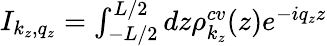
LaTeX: \begin{array}{r}{I_{k_{z},q_{z}}=\int_{-L/2}^{L/2}dz\rho_{k_{z}}^{cv}(z)e^{-iq_{z}z}}\end{array}